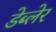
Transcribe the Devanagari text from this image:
डेब्लेर